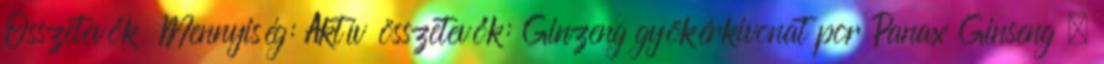
Összetevők Mennyiség: Aktív összetevők: Ginzeng gyökérkivonat por Panax Ginseng –